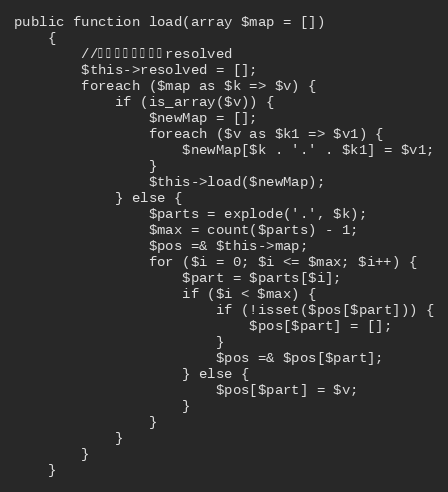
Language: PHP
public function load(array $map = [])
    {
        //每次新加载，清空resolved
        $this->resolved = [];
        foreach ($map as $k => $v) {
            if (is_array($v)) {
                $newMap = [];
                foreach ($v as $k1 => $v1) {
                    $newMap[$k . '.' . $k1] = $v1;
                }
                $this->load($newMap);
            } else {
                $parts = explode('.', $k);
                $max = count($parts) - 1;
                $pos =& $this->map;
                for ($i = 0; $i <= $max; $i++) {
                    $part = $parts[$i];
                    if ($i < $max) {
                        if (!isset($pos[$part])) {
                            $pos[$part] = [];
                        }
                        $pos =& $pos[$part];
                    } else {
                        $pos[$part] = $v;
                    }
                }
            }
        }
    }